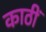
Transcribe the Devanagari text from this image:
काठीं